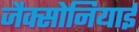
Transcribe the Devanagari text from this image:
जैक्सोनियाई